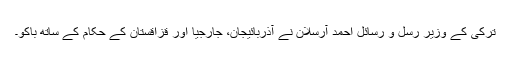
ترکی کے وزیر رسل و رسائل احمد آرسلان نے آذربائیجان، جارجیا اور قزاقستان کے حکام کے ساتھ باکو۔